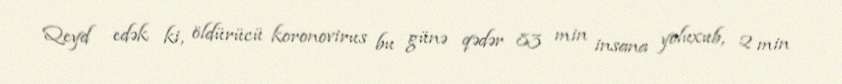
Qeyd edək ki, öldürücü koronovirus bu günə qədər 83 min insana yoluxub, 2 min